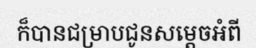
ក៏បានជម្រាបជូនសម្តេចអំពី